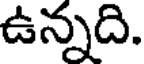
ఉన్నది.